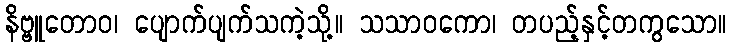
နိဗ္ဗူတောဝ၊ ပျောက်ပျက်သကဲ့သို့။ သသာဝကော၊ တပည့်နှင့်တကွသော။